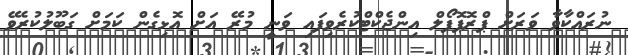
ނުރައްކާވާ ވަރަށް ޕްރޮޕޮފޯލް އިންޖެކްޓްކުރެވިފައި ވަނީ މުރޭ އަށް އޮޅިގެން ކަމަށް ގަބޫލުކުރެވޭ